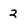
Character: 2